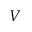
V